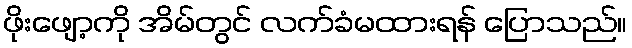
ဖိုးဖျော့ကို အိမ်တွင် လက်ခံမထားရန် ပြောသည်။